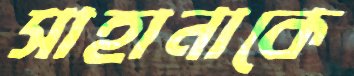
সাহানাকে